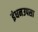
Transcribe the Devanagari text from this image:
इंधनउपसा